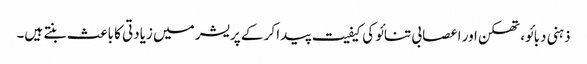
ذہنی دبائو، تھکن اور اعصابی تنائو کی کیفیت پیدا کر کے پریشر میں زیادتی کا باعث بنتے ہیں۔